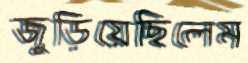
জুড়িয়েছিলেম